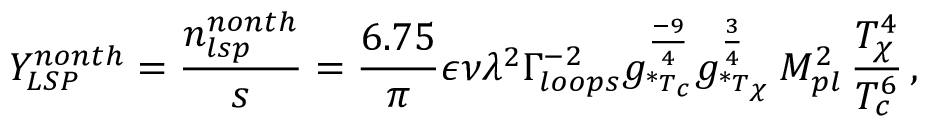
Y _ { L S P } ^ { n o n t h } = { \frac { n _ { l s p } ^ { n o n t h } } { s } } = { \frac { 6 . 7 5 } { \pi } } \epsilon \nu \lambda ^ { 2 } \Gamma _ { l o o p s } ^ { - 2 } g _ { * _ { T _ { c } } } ^ { \frac { - 9 } { 4 } } g _ { * _ { T _ { \chi } } } ^ { \frac { 3 } { 4 } } \, M _ { p l } ^ { 2 } \, { \frac { T _ { \chi } ^ { 4 } } { T _ { c } ^ { 6 } } } \, ,